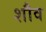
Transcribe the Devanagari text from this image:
शौव